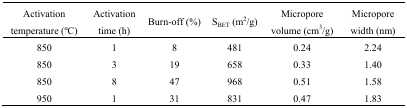
<table><thead><tr><td><b>Activation temperature (oC)</b></td><td><b>Activation time (h)</b></td><td><b>Burn-off (%)</b></td><td><b>S<sub>BET</sub> (m<sup>2</sup>/g)</b></td><td><b>Micropore volume (cm<sup>3</sup>/g)</b></td><td><b>Micropore width (nm)</b></td></tr></thead><tbody><tr><td>850</td><td>1</td><td>8</td><td>481</td><td>0.24</td><td>2.24</td></tr><tr><td>850</td><td>3</td><td>19</td><td>658</td><td>0.33</td><td>1.40</td></tr><tr><td>850</td><td>8</td><td>47</td><td>968</td><td>0.51</td><td>1.58</td></tr><tr><td>950</td><td>1</td><td>31</td><td>831</td><td>0.47</td><td>1.83</td></tr></tbody></table>